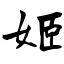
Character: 姬